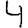
Digit: 4